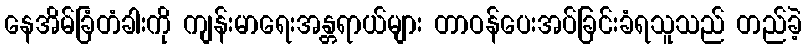
နေအိမ်ခြံတံခါးကို ကျန်းမာရေးအန္တရာယ်များ တာဝန်ပေးအပ်ခြင်းခံရသူသည် တည်ခဲ့